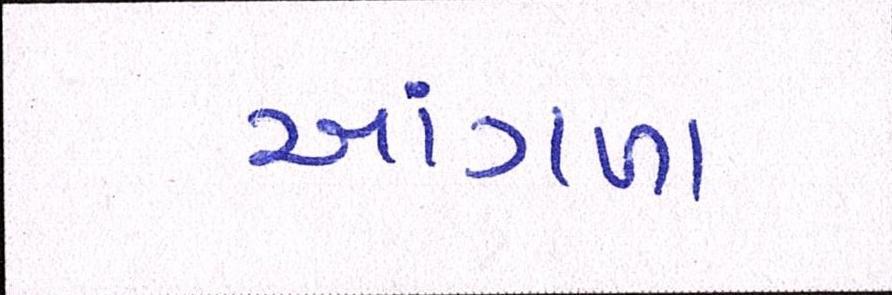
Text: આંગળા